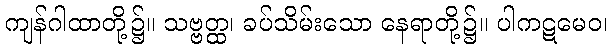
ကျန်ဂါထာတို့၌။ သဗ္ဗတ္ထ၊ ခပ်သိမ်းသော နေရာတို့၌။ ပါကဋမေဝ၊